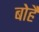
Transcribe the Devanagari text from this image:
बोहै